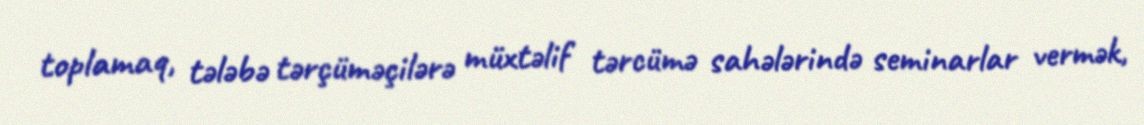
toplamaq, tələbə tərçüməçilərə müxtəlif tərcümə sahələrində seminarlar vermək,